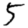
Digit: 5